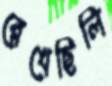
রেখেছিলি